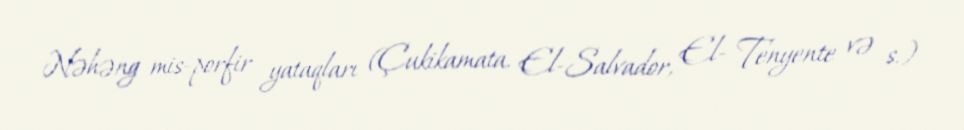
Nəhəng mis-porfir yataqları (Çukikamata, El-Salvador, El- Tenyente və s.)